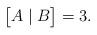
LaTeX: \begin{align*}\;\big[A\mid B\big]=3.\end{align*}